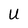
Character: U